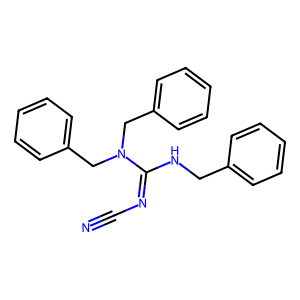
SMILES: N#CN=C(NCc1ccccc1)N(Cc1ccccc1)Cc1ccccc1
Inhibits HIV replication: No